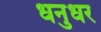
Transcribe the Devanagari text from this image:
धनुधर